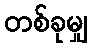
တစ်ခုမျှ